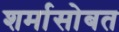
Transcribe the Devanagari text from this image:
शर्मासोबत